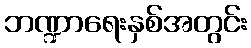
ဘဏ္ဍာရေးနှစ်အတွင်း